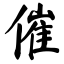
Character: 催